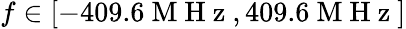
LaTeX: f\in[-409.6\mathrm{~M~H~z~},409.6\mathrm{~M~H~z~}]